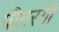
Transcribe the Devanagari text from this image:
पीतरंगी